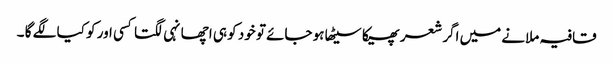
قافیہ ملانے میں اگر شعر پھیکا سیٹھا ہو جائے تو خود کو ہی اچھا نہی لگتا کسی اور کو کیا لگے گا ۔